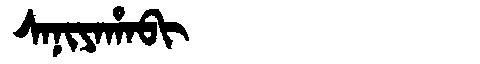
Manchu: ᠰᠠᠨᡳᠶᠠᡥᠠᠪᡳ
Romanization: SANIYAHABI